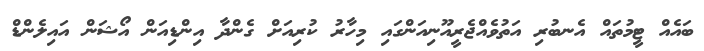
ބައެއް ޓީމުތައް އެނބުރި އަތުވެއްޖެރީއޫނިއަންގައި މިހާރު ކުރިއަށް ގެންދާ އިންޑިއަން އޯޝަން އައިލެންޑް